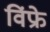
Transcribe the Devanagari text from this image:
विंफ्रे